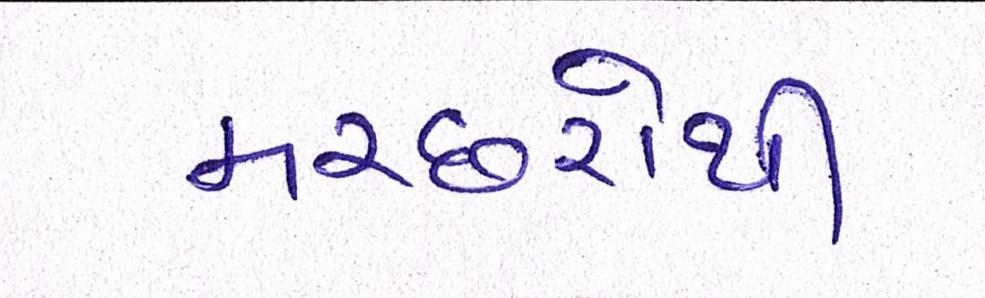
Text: મચ્છરોથી